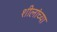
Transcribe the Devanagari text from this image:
शीलांच्या